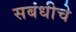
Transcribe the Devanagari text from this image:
सबंधीचे